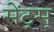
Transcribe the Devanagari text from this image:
सेंट्स्